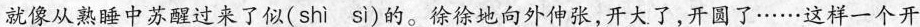
就像从熟睡中苏醒过来了似(shì sì )的。徐徐地向外伸张，开大了，开圆了……这样一个开